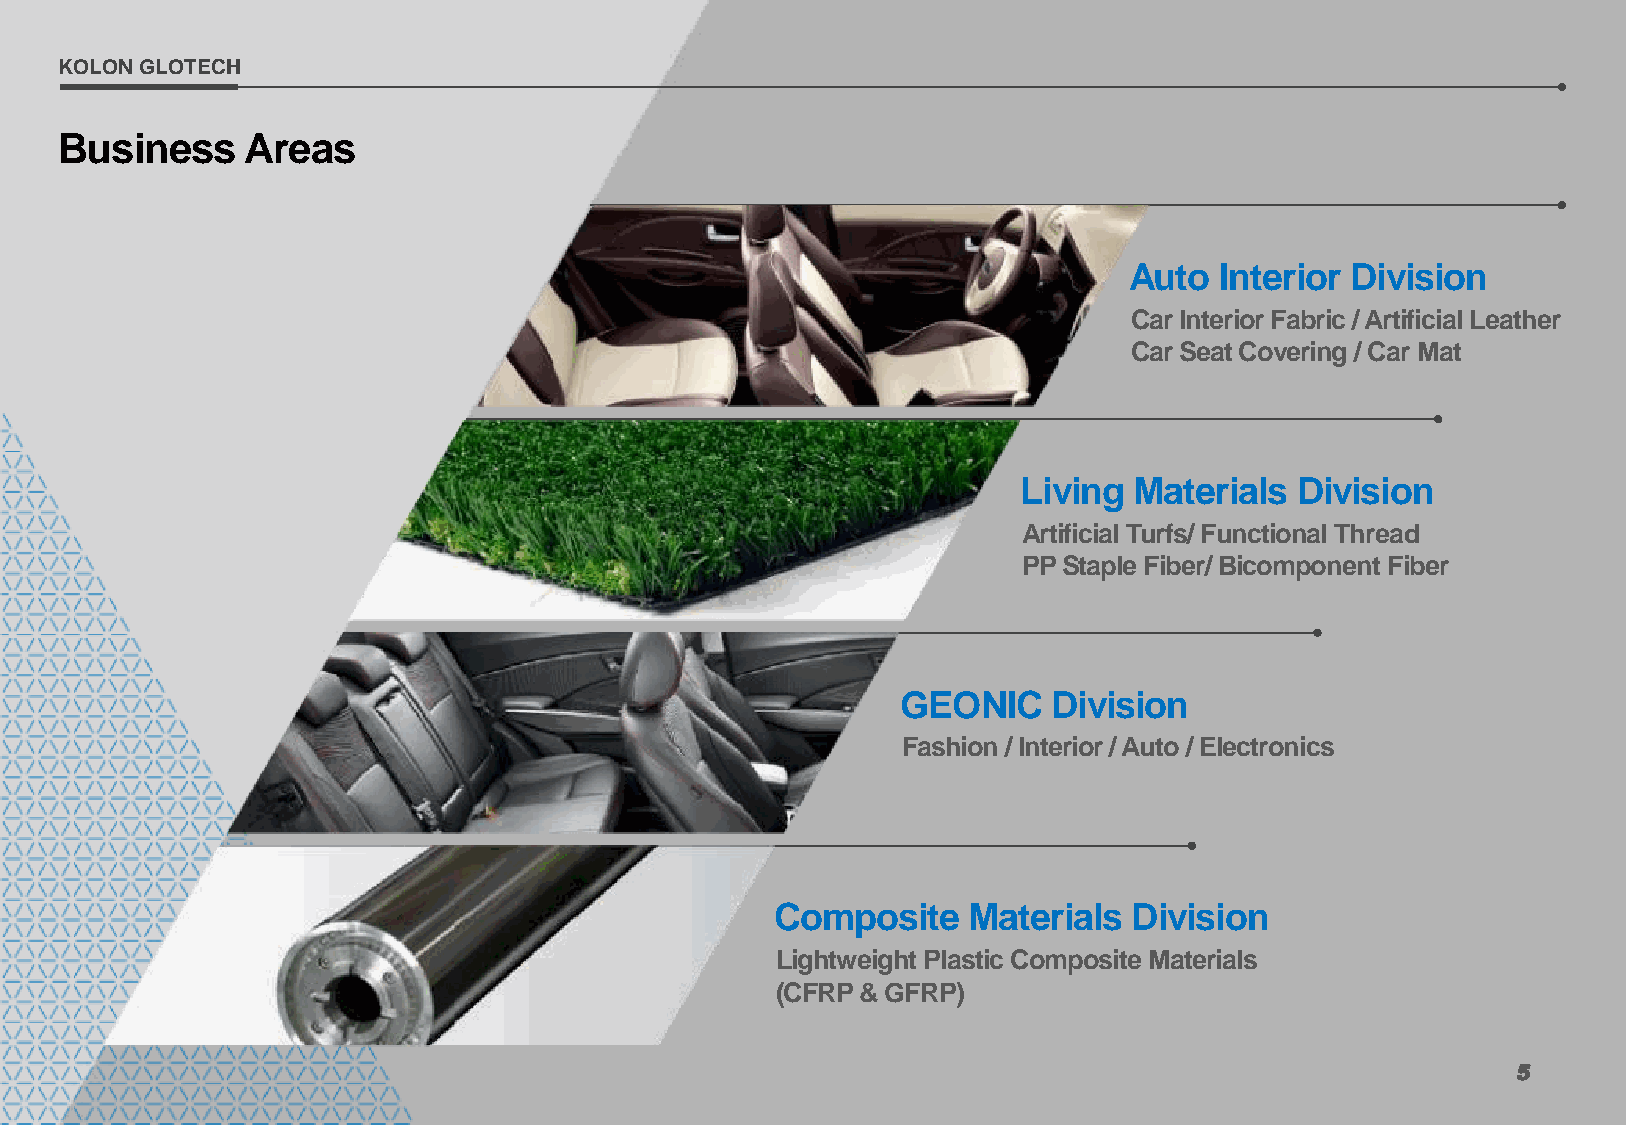
KOLON GLOTECH
 Business    Areas
 Auto  Interior Division
 Car Interior Fabric / Artificial Leather
 Car Seat Covering / Car Mat
 Living Materials  Division
 Artificial Turfs/ Functional Thread
 PP Staple Fiber/ Bicomponent Fiber
 GEONIC    Division
 Fashion / Interior / Auto / Electronics
 Composite    Materials  Division
 Lightweight Plastic Composite Materials
 (CFRP & GFRP)
 5